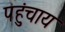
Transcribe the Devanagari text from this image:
पहुंचाय